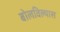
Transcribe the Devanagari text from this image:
बोलविल्यास